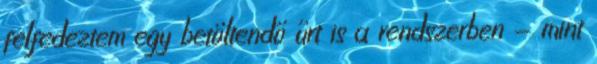
felfedeztem egy betöltendő űrt is a rendszerben - mint